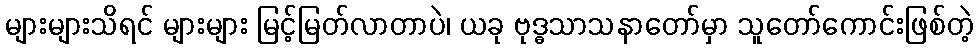
များများသိရင် များများ မြင့်မြတ်လာတာပဲ၊ ယခု ဗုဒ္ဓသာသနာတော်မှာ သူတော်ကောင်းဖြစ်တဲ့